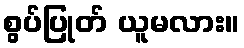
စွပ်ပြုတ် ယူမလား။